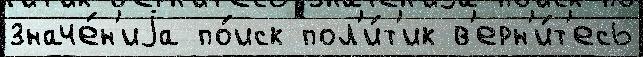
значе́н'иjа по́иск пол'и́т'ик в'ерн'и́т'есь